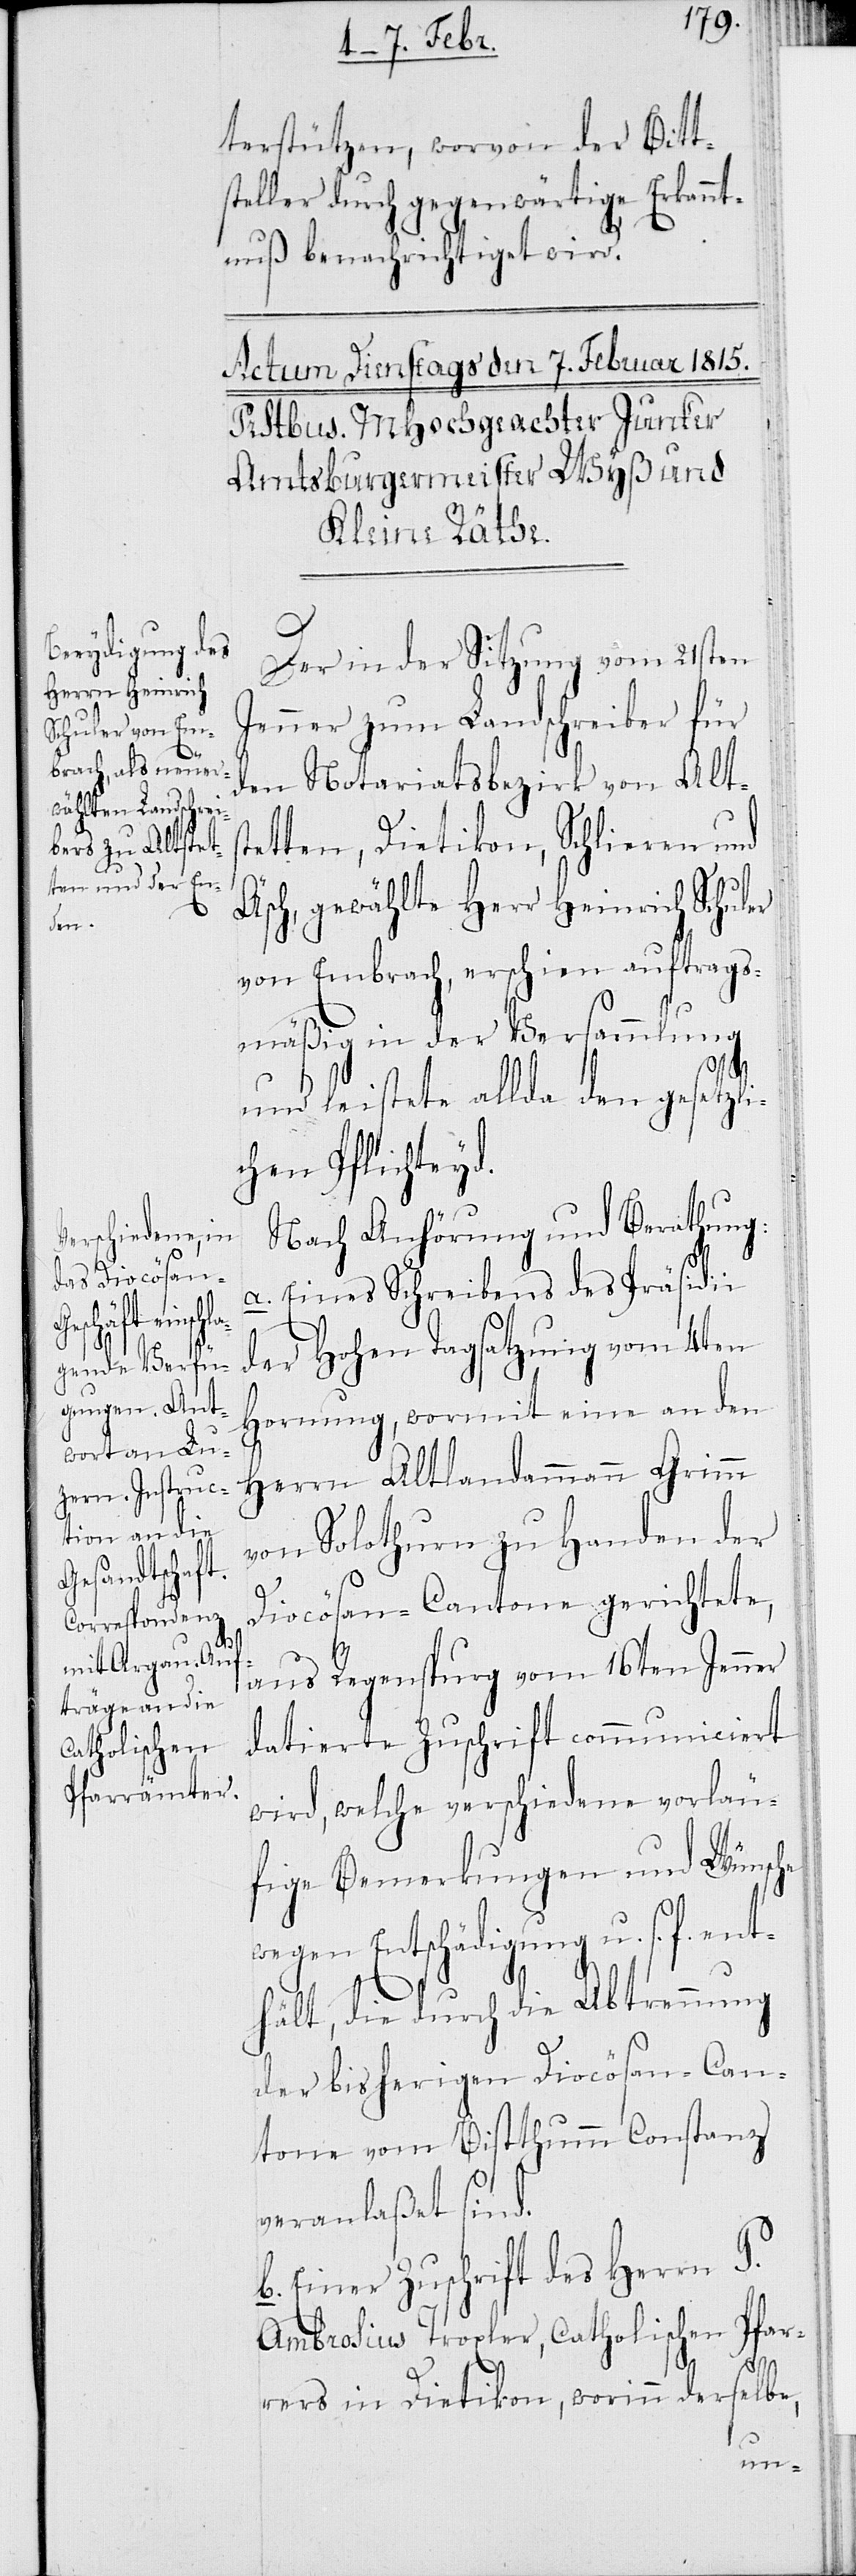
terstützen, wovon der Bitt¬
steller durch gegenwärtige Erkannt¬
nuß benachrichtiget wird.
Der in der Sitzung vom 21
Jenner zum Landschreiber für
den Notariatsbezirk von Altst¬
etten, Dietikon, Schlieren und
Äsch, gewählte Herr Heinrich Schuler
von Embrach, erschien auftrags¬
mäßig in der Versammlung
und leistete allda den gesetzli¬
chen Pflichteyd.
Nach Anhörung und Berathung:
a. Eines Schreibens des Präsidii
der Hohen Tagsatzung vom 4ten
Hornung, wormit eine an den
Herrn Altlandammann Grimm
von Solothurn zu Handen der
Diocösan-Cantone gerichtete,
aus Regenspurg vom 16ten Jenner
datierte Zuschrift communiciert
wird, welche verschiedene vorläu¬
fige Bemerkungen und Wünsche
wegen Entschädigung u. s. f.
thält, die durch die Abtrennung
der bisherigen Diocösan-Can¬
tone vom Bistthumm Constanz
veranlaßt sind.
b. Einer Zuschrift des Herrn P.
Ambrosius Troxler, Catholischen Pfar¬
rers in Dietikon, worinn derselbe,
en¬